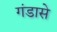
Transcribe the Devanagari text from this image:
गंडासे